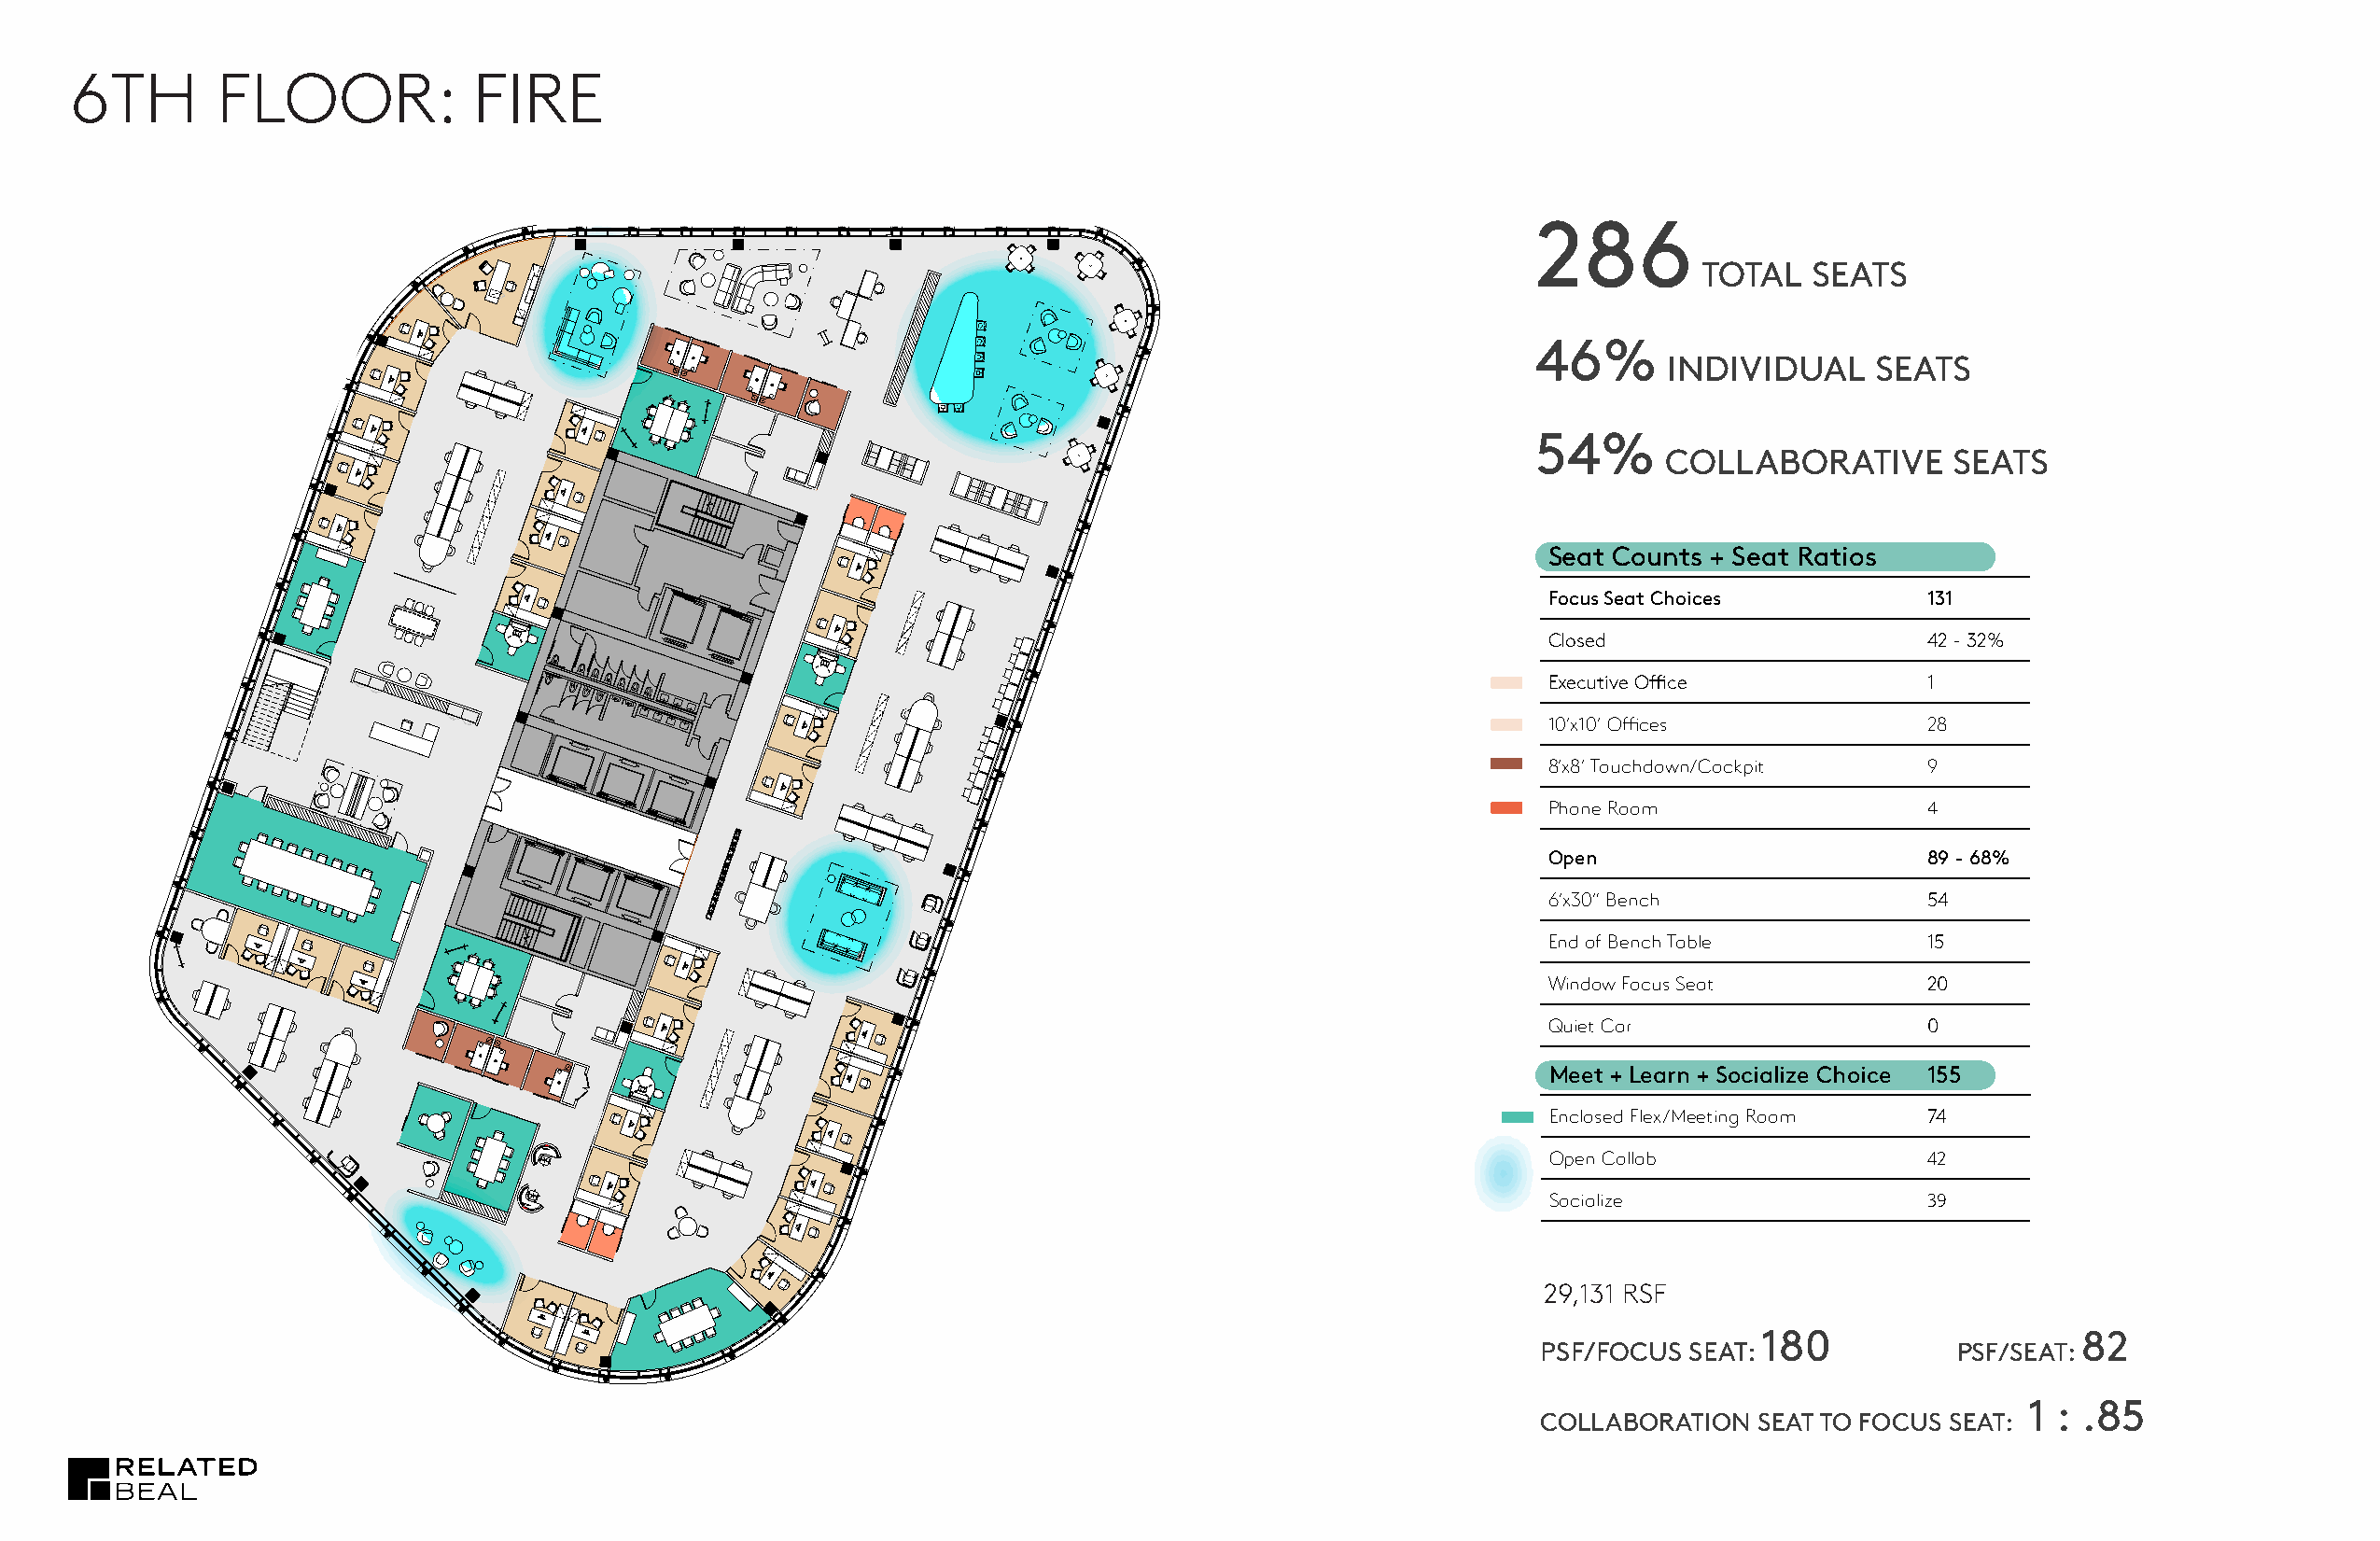
G5    | FIRE:    TRADITIONAL
 6TH       FLOOR:             FIRE
 TYPICAL   FLOOR    : 29,131 RSF
 286
 TOTAL  SEATS
 46%
 INDIVIDUAL     SEATS
 54%
 COLLABORATIVE       SEATS
 Seat Counts + Seat Ratios
 Focus Seat Choices         131
 Closed                     42 - 32%
 Executive Office           1
 10’x10’ Offices            28
 8’x8’ Touchdown/Cockpit    9
 Phone Room                 4
 Open                       89 - 68%
 6’x30” Bench               54
 End of Bench Table         15
 Window Focus Seat          20
 Quiet Car                  0
 Meet + Learn + Socialize Choice 155
 Enclosed Flex/Meeting Room 74
 G60J                                                                    Open Collab                42
 Socialize                  39
 G60J
 23,568    PSF
 TOTAL:
 29,131 RSF
 180                    82
 PSF/FOCUS  SEAT:              PSF/SEAT:
 1 : .85
 COLLABORATION   SEAT TO FOCUS SEAT: